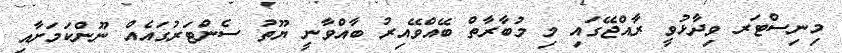
މިނިސްޓަރ ވިދާޅުވީ ރާއްޖޭގައި މި މުބާރާތް ބޭއްވޭއިރު ބާއްވާނީ ޔޫތު ސެންޓަރުގައެއް ނޫންކަމަށާއި